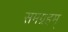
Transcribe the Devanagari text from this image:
समग्रहम्